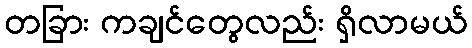
တခြား ကချင်တွေလည်း ရှိလာမယ်